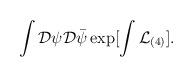
LaTeX: \begin{align*}\int{\cal D}\psi{\cal D}\bar{\psi}\exp[\int {\cal L}_{(4)}].\end{align*}